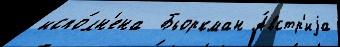
испо́лн'ена  Бьоркман А́встр'иjа